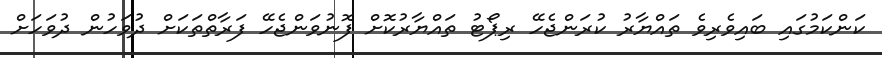
ކަންކަމުގައި ބައިވެރިވެ ތައްޔާރު ކުރަންޖެހޭ ރިޕޯޓު ތައްޔާރުކޮށް ފޮނުވަންޖެހޭ ފަރާތްތަކަށް ދުވަހުން ދުވަހަށް